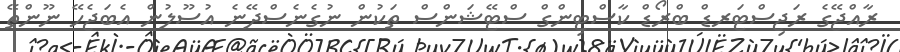
ރާއްޖޭގެ ރަޖިސްޓަރޑް ބްރޯޑް ކާސްޓިންގް ސްޓޭޝަންސް ތަކުން ނުގެނެސްދޭނެ އުސޫލުން އެބަޖެހޭ ނޫންތޭ